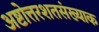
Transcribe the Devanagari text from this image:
अष्टोत्तरशतसंख्याक